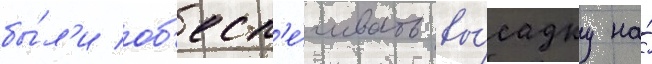
бы́л'и об'есп'е́чивать вы́садку на́